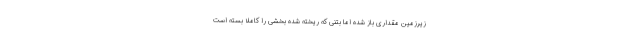
زیرزمین مقداری باز شده اما بتنی که ریخته شده بخشی را کاملا بسته است